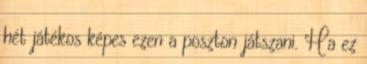
hét játékos képes ezen a poszton játszani. Ha ez